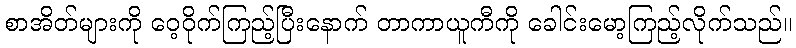
စာအိတ်များကို ဝေ့ဝိုက်ကြည့်ပြီးနောက် တာကာယူကီကို ခေါင်းမော့ကြည့်လိုက်သည်။